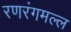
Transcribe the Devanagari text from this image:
रणरंगमल्ल